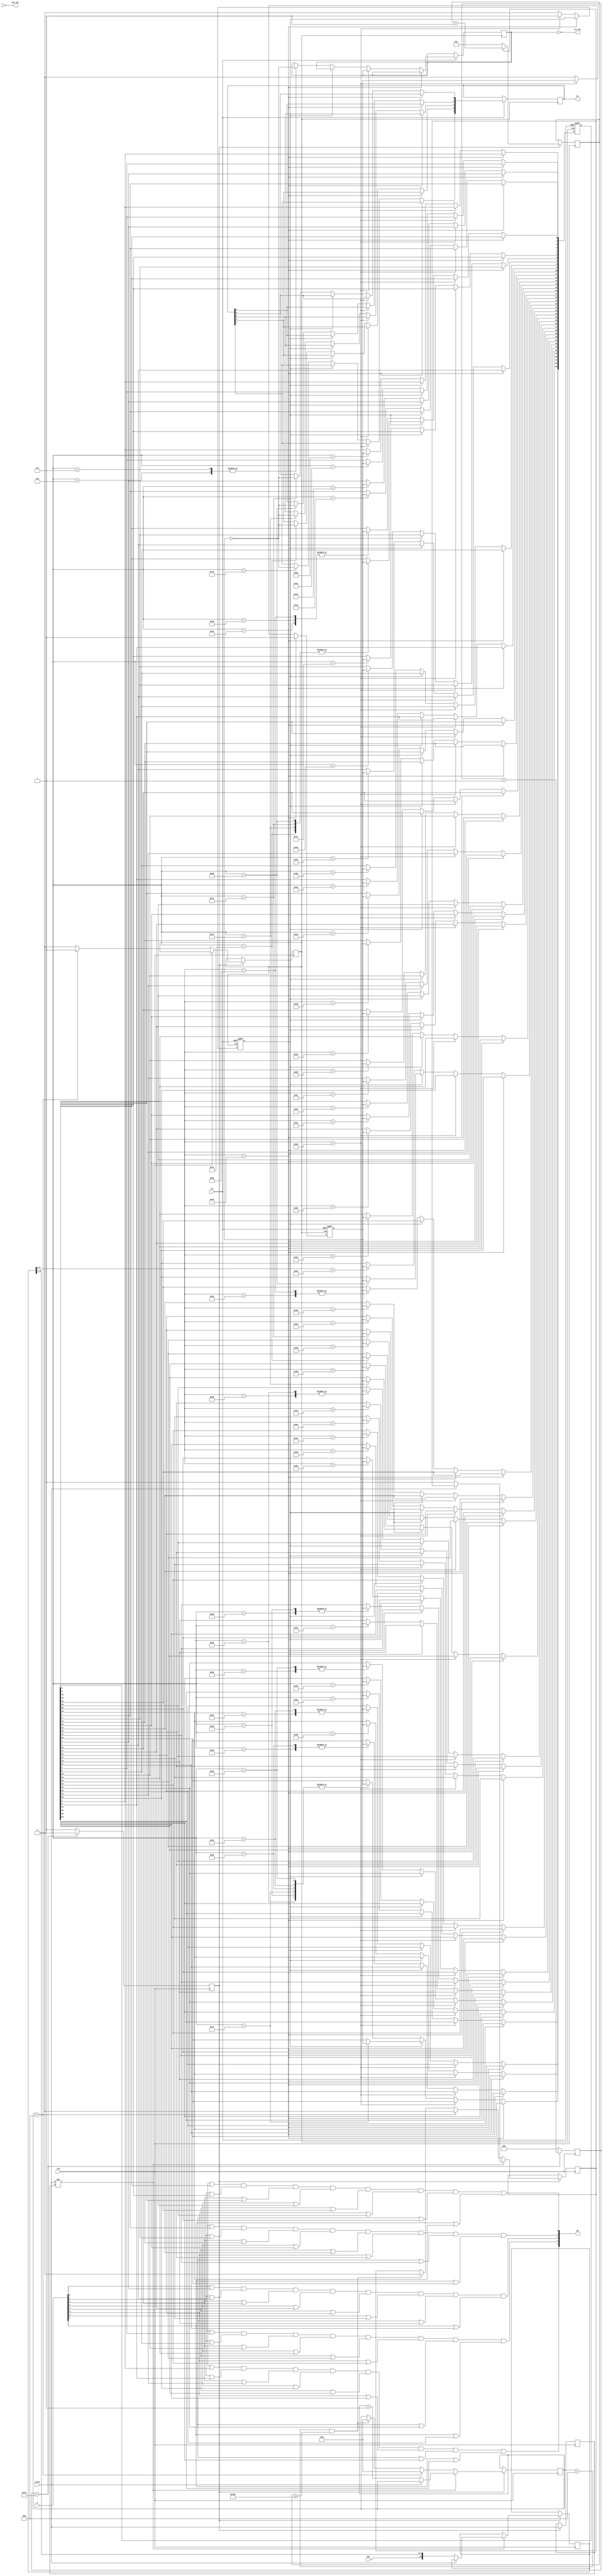
module ps2(
	//
	input wire clk,
	input wire rst,
	//PS/2
	input wire clock,
	input wire dat,
	//PC Bus
	input wire[15:8]A,
	output wire[4:0]KJ,
	output wire[4:0]KD,
	output wire rst_out,
	output wire nmi_out
);

`define KEMPSTON
`define KOMBINATIONS

	
	reg read;				//this is 1 if still waits to receive more bits 
	reg [11:0] count_reading;		//this is used to detect how much time passed since it received the previous codeword
	reg PREVIOUS_STATE;			//used to check the previous state of the keyboard clock signal to know if it changed
	reg scan_err;				//this becomes one if an error was received somewhere in the packet
	reg [10:0] scan_code;			//this stores 11 received bits
	reg [7:0] CODEWORD;			//this stores only the DATA codeword
	reg TRIG_ARR;				//this is triggered when full 11 bits are received
	reg [3:0]COUNT;				//tells how many bits were received until now (from 0 to 11)
	reg TRIGGER = 0;			//This acts as a 250 times slower than the board clock. 
	reg [7:0]DOWNCOUNTER = 0;		//This is used together with TRIGGER - look the code

	//Set initial values
	initial begin
		PREVIOUS_STATE = 1;		
		scan_err = 0;		
		scan_code = 0;
		COUNT = 0;			
		CODEWORD = 0;

		read = 0;
		count_reading = 0;
	end

	always @(posedge clk) begin				//This reduces the frequency 250 times
		if (DOWNCOUNTER < 249) begin			//and uses variable TRIGGER as the new board clock 
			DOWNCOUNTER <= DOWNCOUNTER + 1;
			TRIGGER <= 0;
		end
		else begin
			DOWNCOUNTER <= 0;
			TRIGGER <= 1;
		end
	end
	
	always @(posedge clk) begin	
		if (TRIGGER) begin
			if (read)				//if it still waits to read full packet of 11 bits, then (read == 1)
				count_reading <= count_reading + 1;	//and it counts up this variable
			else 						//and later if check to see how big this value is.
				count_reading <= 0;			//if it is too big, then it resets the received data
		end
	end


	always @(posedge clk) begin		
	if (TRIGGER) begin						//If the down counter (clk/250) is ready
		if (clock != PREVIOUS_STATE) begin			//if the state of Clock pin changed from previous state
			if (!clock) begin				//and if the keyboard clock is at falling edge
				read <= 1;				//mark down that it is still reading for the next bit
				scan_err <= 0;				//no errors
				scan_code[10:0] <= {dat, scan_code[10:1]};	//add up the data received by shifting bits and adding one new bit
				COUNT <= COUNT + 1;			//
			end
		end
		else if (COUNT == 11) begin				//if it already received 11 bits
			COUNT <= 0;
			read <= 0;					//mark down that reading stopped
			TRIG_ARR <= 1;					//trigger out that the full pack of 11bits was received
			//calculate scan_err using parity bit
			if (!scan_code[10] || scan_code[0] || !(scan_code[1]^scan_code[2]^scan_code[3]^scan_code[4]
				^scan_code[5]^scan_code[6]^scan_code[7]^scan_code[8]
				^scan_code[9]))
				scan_err <= 1;
			else 
				scan_err <= 0;
		end	
		else  begin						//if it yet not received full pack of 11 bits
			TRIG_ARR <= 0;					//tell that the packet of 11bits was not received yet
			if (COUNT < 11 && count_reading >= 4000) begin	//and if after a certain time no more bits were received, then
				COUNT <= 0;				//reset the number of bits received
				read <= 0;				//and wait for the next packet
			end
		end
	PREVIOUS_STATE <= clock;					//mark down the previous state of the keyboard clock
	end
	end


	always @(posedge clk) begin
		if (TRIGGER) begin					//if the 250 times slower than board clock triggers
			if (TRIG_ARR) begin				//and if a full packet of 11 bits was received
				if (scan_err) begin			//BUT if the packet was NOT OK
					CODEWORD <= 8'd0;		//then reset the codeword register
				end
				else begin
					CODEWORD <= scan_code[8:1];	//else drop down the unnecessary  bits and transport the 7 DATA bits to CODEWORD reg
				end				//notice, that the codeword is also reversed! This is because the first bit to received
			end					//is supposed to be the last bit in the codeword
			else CODEWORD <= 8'd0;				//not a full packet received, thus reset codeword
		end
		else CODEWORD <= 8'd0;					//no clock trigger, no data
	end
	
wire stb;
assign stb = TRIG_ARR;

//    ZX

reg pr,joy;
reg[39:0]KR = 40'hFFFFFFFFFF;
`ifdef KEMPSTON	
reg[4:0]kempston;
`endif

reg reset;
reg nmi;

always@(posedge stb or negedge rst)
begin
	if(!rst)
		begin
			pr <= 0;
			joy <= 0;
			KR[39:0] = 40'hFFFFFFFFFF;
		end
	else
		begin
			if(scan_code[8:1] == 8'hF0) pr <= 1'b1;
			else if(scan_code[8:1] == 8'hE0) joy <= 1'b1; 
			else
				begin
					if(joy) // c 0xE0
						begin
							case(scan_code[8:1])
								8'h14: KR[36] <= pr; //CTRL
`ifdef KOMBINATIONS
								//

								8'h75: {KR[0],KR[23]} <= {pr,pr}; //UP SHIFT+7
								8'h72: {KR[0],KR[24]} <= {pr,pr}; //DOWN SHIFT+6
								8'h6B: {KR[0],KR[19]} <= {pr,pr}; //LEFT SHIFT+5
								8'h74: {KR[0],KR[22]} <= {pr,pr}; //RIGHT SHIFT+8
`endif
								
								default:;
							endcase
							joy <= 0;
							pr <= 0;
						end
					else	// 
						begin
							case(scan_code[8:1])
								8'h1C: KR[5] <= pr; //A
								8'h32: KR[39] <= pr; //B
								8'h21: KR[3] <= pr; //C
								8'h23: KR[7] <= pr; //D
								8'h24: KR[12] <= pr; //E
								8'h2B: KR[8] <= pr; //F
								8'h34: KR[9] <= pr; //G
								8'h33: KR[34] <= pr; //H
								8'h43: KR[27] <= pr; //I
								8'h3B: KR[33] <= pr; //J
								8'h42: KR[32] <= pr; //K
								8'h4B: KR[31] <= pr; //L
								8'h3A: KR[37] <= pr; //M
								8'h31: KR[38] <= pr; //N
								8'h44: KR[26] <= pr; //O
								8'h4D: KR[25] <= pr; //P
								8'h15: KR[10] <= pr; //Q
								8'h2D: KR[13] <= pr; //R
								8'h1B: KR[6] <= pr; //S
								8'h2C: KR[14] <= pr; //T
								8'h3C: KR[28] <= pr; //U
								8'h2A: KR[4] <= pr; //V
								8'h1D: KR[11] <= pr; //W
								8'h22: KR[2] <= pr; //X
								8'h35: KR[29] <= pr; //Y
								8'h1A: KR[1] <= pr; //Z
								8'h45: KR[20] <= pr; //0
								8'h16: KR[15] <= pr; //1
								8'h1E: KR[16] <= pr; //2
								8'h26: KR[17] <= pr; //3
								8'h25: KR[18] <= pr; //4
								8'h2E: KR[19] <= pr; //5
								8'h36: KR[24] <= pr; //6
								8'h3D: KR[23] <= pr; //7
								8'h3E: KR[22] <= pr; //8
								8'h46: KR[21] <= pr; //9
								8'h12: KR[0] <= pr; //SHIFT
								8'h59: KR[0] <= pr; //SHIFT
								8'h14: KR[36] <= pr; //CTRL
								8'h29: KR[35] <= pr; //SPACE
								8'h5A: KR[30] <= pr; //ENTER
`ifdef KOMBINATIONS
								//
								8'h52: {KR[36],KR[25]} <= {pr,pr}; //' - CTRL+P
								8'h49: {KR[36],KR[37]} <= {pr,pr}; //. - CTRL+M
								8'h41: {KR[36],KR[38]} <= {pr,pr}; //, - CTRL+N
								8'h4E: {KR[36],KR[33]} <= {pr,pr}; //- - CTRL+J
								8'h55: {KR[36],KR[31]} <= {pr,pr}; //= - CTRL+L
								8'h66: {KR[0],KR[20]} <= {pr,pr}; //, BKSPC SHIFT+0
`endif

`ifdef KEMPSTON								
								8'h79: kempston[4] <= ~pr; //FIRE (NUM ENTER)
								8'h75: kempston[3] <= ~pr; //UP
								8'h72: kempston[2] <= ~pr; //DOWN
								8'h6B: kempston[1] <= ~pr; //LEFT
								8'h74: kempston[0] <= ~pr; //RIGHT
`endif	
								8'h05: reset <= ~pr; //Reset on F1
								8'h07: reset <= ~pr; //NMI on F12
								default:;
							endcase
							pr <= 0;	
						end
				end
		end
end

			
// 
/*
0 - 20	6 - 24	E - 12	O - 26	G - 9			SHIFT - 0	N - 38
1 - 15	7 - 23	R - 13	P - 25	H - 34		Z - 1			M - 37
2 - 16	8 - 22	T - 14	A - 5		J - 33		X - 2			CTR - 36
3 - 17	9 - 21	Y - 29	S - 6		K - 32		C - 3			SPC - 35
4 - 18	Q - 10	U - 28	D - 7		L - 31		V - 4
5 - 19	W - 11	I - 27	F - 8		ENT - 30		B - 39
*/


assign KD[0] = ((A[8]|KR[0])&(A[9]|KR[5])&(A[10]|KR[10])&(A[11]|KR[15])&
                (A[12]|KR[20])&(A[13]|KR[25])&(A[14]|KR[30])&(A[15]|KR[35]));
					 
assign KD[1] = ((A[8]|KR[1])&(A[9]|KR[6])&(A[10]|KR[11])&(A[11]|KR[16])&
                (A[12]|KR[21])&(A[13]|KR[26])&(A[14]|KR[31])&(A[15]|KR[36]));
					 
assign KD[2] = ((A[8]|KR[2])&(A[9]|KR[7])&(A[10]|KR[12])&(A[11]|KR[17])&
                (A[12]|KR[22])&(A[13]|KR[27])&(A[14]|KR[32])&(A[15]|KR[37]));
					 
assign KD[3] = ((A[8]|KR[3])&(A[9]|KR[8])&(A[10]|KR[13])&(A[11]|KR[18])&
                (A[12]|KR[23])&(A[13]|KR[28])&(A[14]|KR[33])&(A[15]|KR[38]));
					 
assign KD[4] = ((A[8]|KR[4])&(A[9]|KR[9])&(A[10]|KR[14])&(A[11]|KR[19])&
                (A[12]|KR[24])&(A[13]|KR[29])&(A[14]|KR[34])&(A[15]|KR[39]));
				 
`ifdef KEMPSTON						 
assign KJ[4:0] = kempston[4:0];
`endif

assign rst_out = ~reset;
assign nmi_out = ~nmi;

endmodule